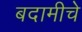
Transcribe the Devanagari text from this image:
बदामीचे